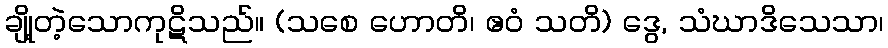
ချို့တဲ့သောကုဋိသည်။ (သစေ ဟောတိ၊ ဧဝံ သတိ) ဒွေ, သံဃာဒိသေသာ၊